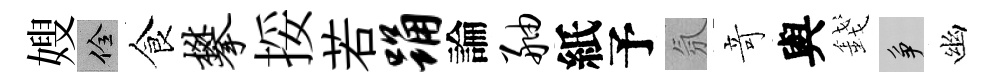
嫂佺食攀挼若踊論舳紙予氛竒與錢争幽